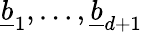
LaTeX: \underline{{b}}_{1},\ldots,\underline{{b}}_{d+1}